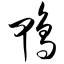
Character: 鸭